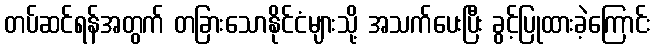
တပ်ဆင်ရန်အတွက် တခြားသောနိုင်ငံများသို့ အသက်ပေးပြီး ခွင့်ပြုထားခဲ့ကြောင်း